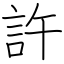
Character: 許